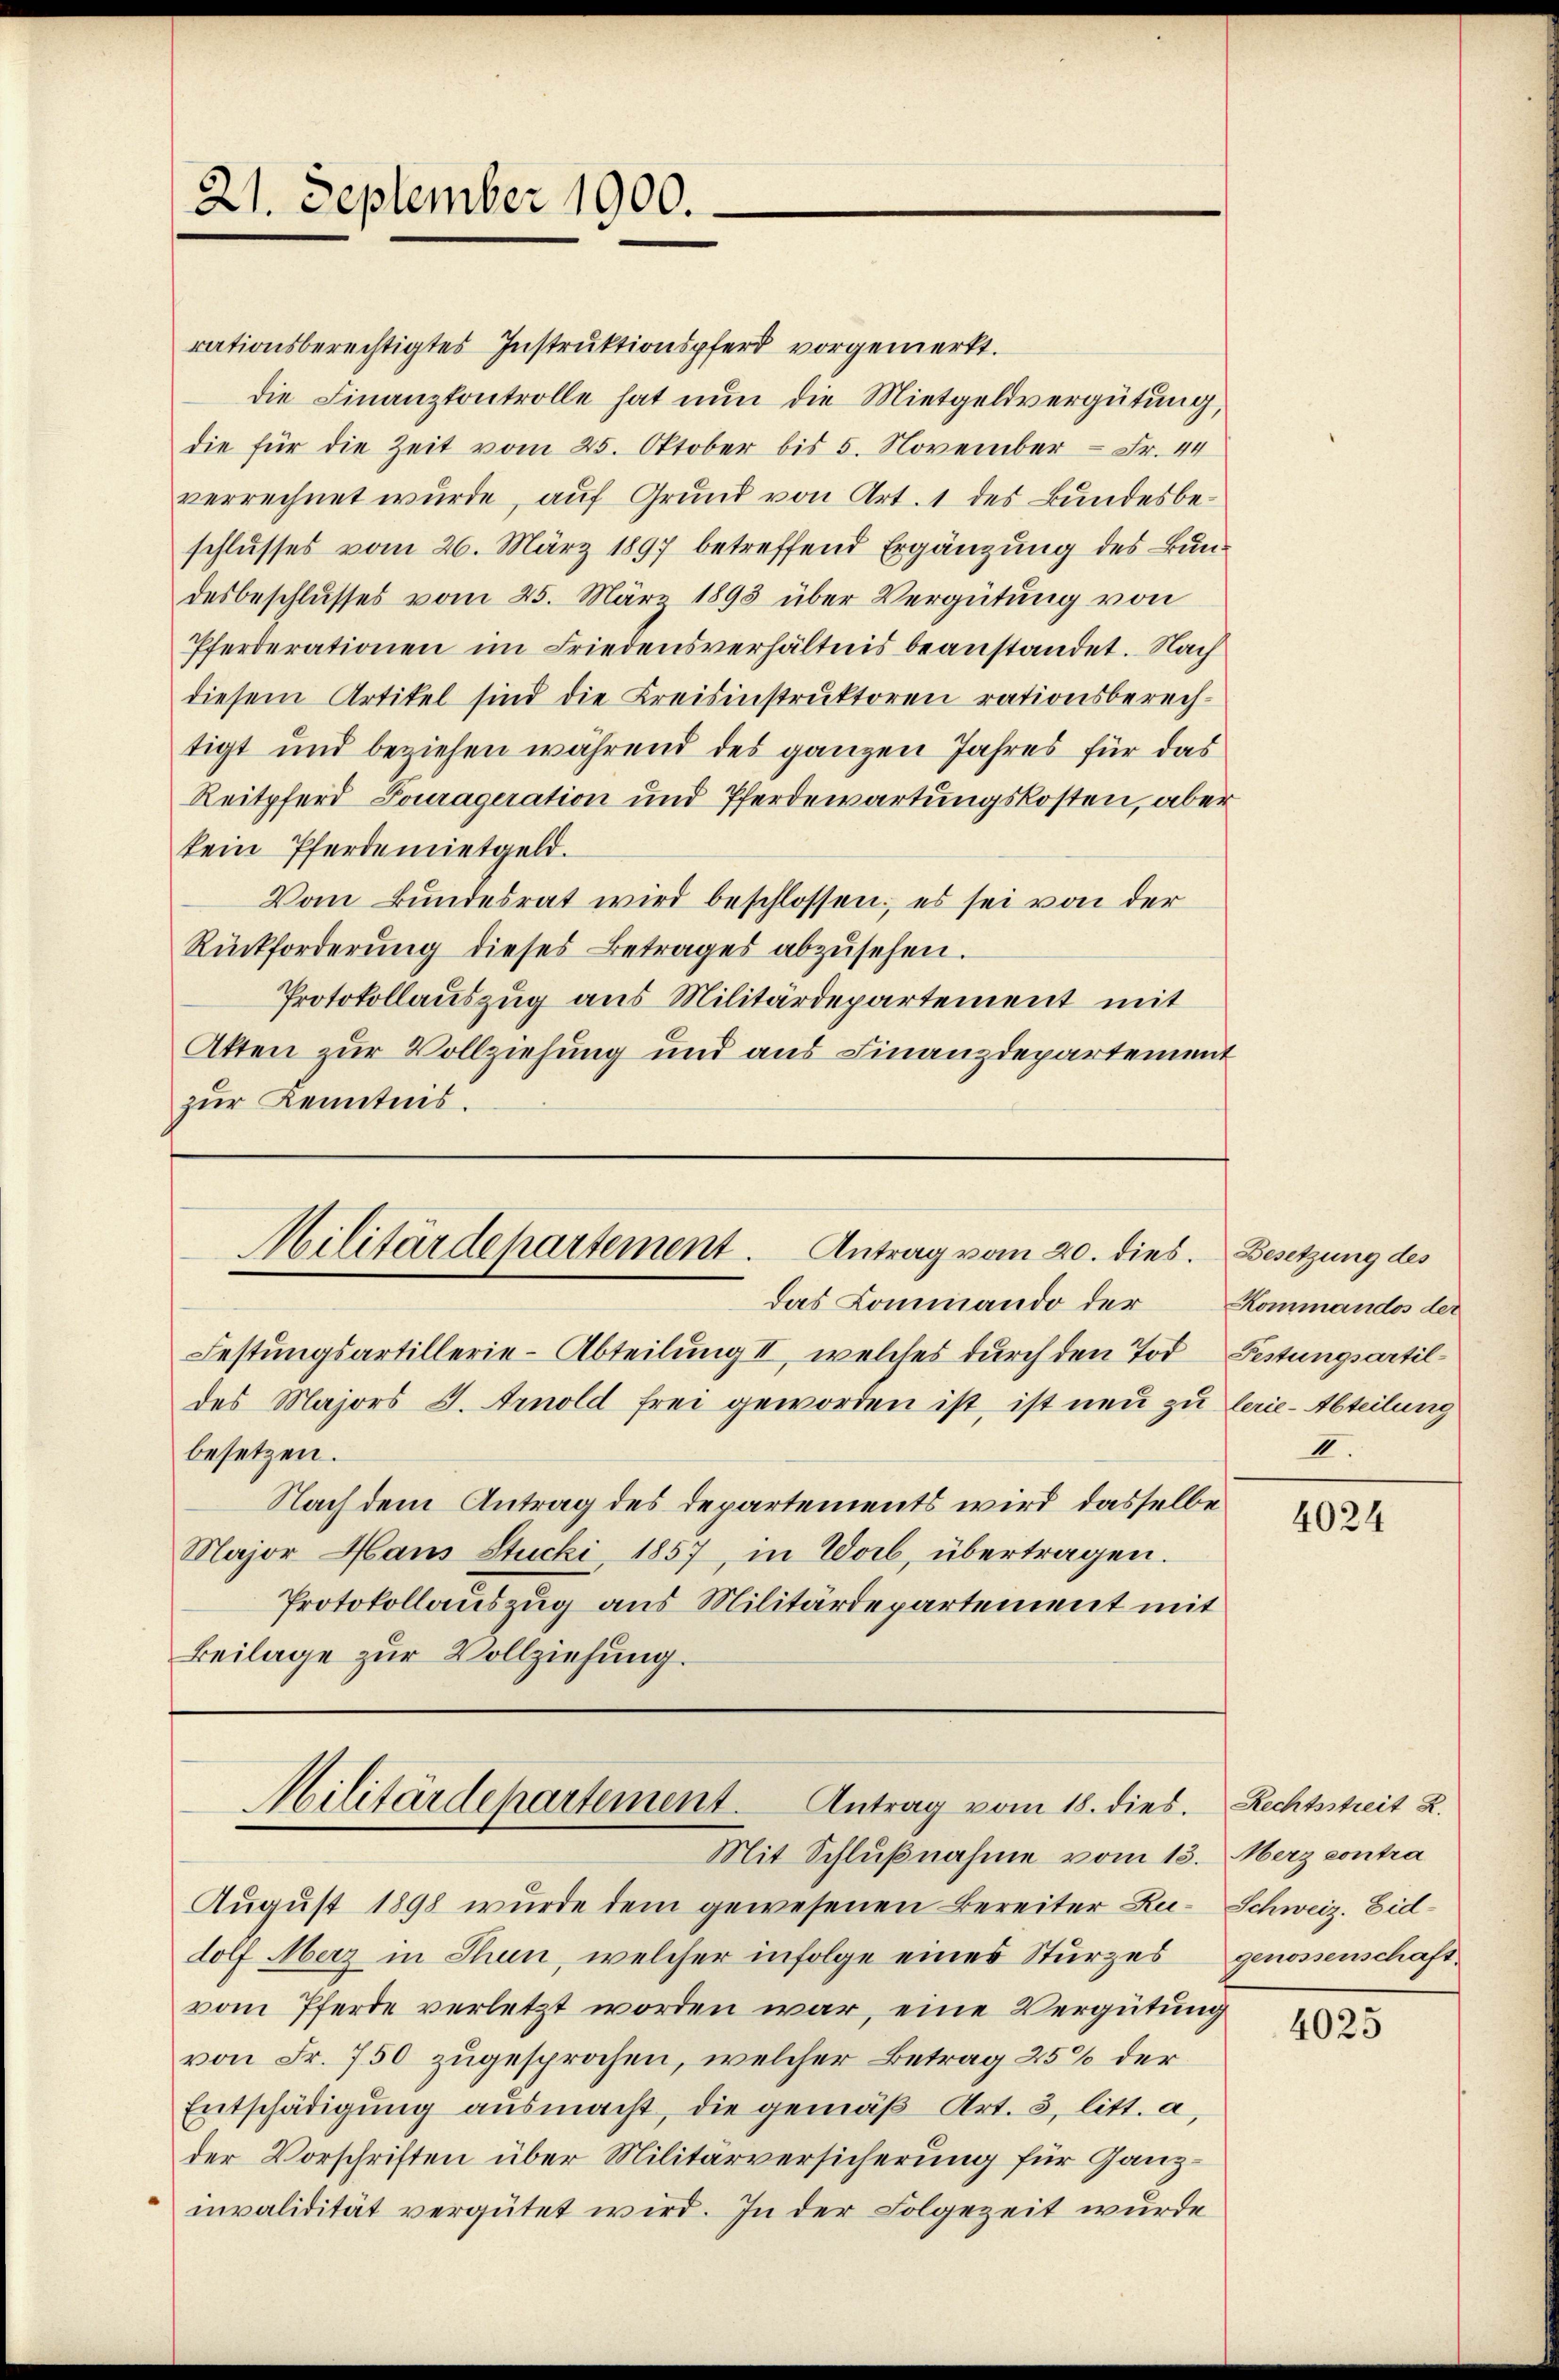
21. September 1900.

rationsberechtigtes Instruktionspferd vorgemerkt.
die Finanzkontrolle hat nun die Mietgeldvergütung,
die für die Zeit vom 25. Oktober bis 5. November - Fr. 44
verrechnet wurde, auf Grund von Art. 1 des Bundesbeschlusses vom 26. März 1897 betreffend Ergänzung des Bundesbeschlusses vom 25. März 1893 über Vergütung von
Pferderationen im Friedensverhältnis beanstandet. Nach
diesem Artikel sind die Kreisinstruktoren rationsberechtigt und beziehen während des ganzen Jahres für das
Reitpferd Lourageration und Pferdewartungskosten, aber
kein Pferdemietgeld.
Vom Bundesrat wird beschlossen, es sei von der
Rückforderŭng dieses Betrages abzŭsehen.
Protokollauszug aus Militärdepartement mit
Atten zur Vollziehung und aus Finanzdepartement
zur Kenntnis.

Militärdepartement. Antrag vom 20. dies
Das Commando der Kommandos der

Festungsartillerie-Abteilung III, welches durch den Tod Festungsartildes Majors I. Arnold frei geworden ist, ist neu zu lerie-Abteilung
besetzen.
Nach dem Antrag des Departements wird dasselbe
Major Haus Stucki 1857, in Worb, übertragen.
Protokollauszug aus Militärdepartement mit
Beilage zur Vollziehung.

Militärdepartement. Antrag vom 18. dies. Rechtstreit 2.
Mit Schlußnahme vom 13. Merz contra

August 1898 wurde dem gewesenen Bereiter Zu- Schweiz. Eiddolf Merz in Thun, welcher infolge eines Sturzes genossenschaftvom Pferde verletzt worden war, eine Vergütung
von Fr. 750 zugesprochen, welcher Betrag 25% der
Entschädigung ausmacht, die gemäß Art. 3, litt. a,
der Vorschriften über Militärversicherung für Ganzinvalidität vergütet wird. In der Folgezeit wurde

Besetzung des
I.

4024

4025